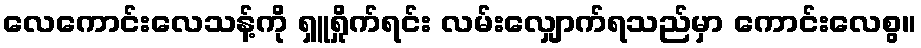
လေကောင်းလေသန့်ကို ရှူရှိုက်ရင်း လမ်းလျှောက်ရသည်မှာ ကောင်းလေစွ။